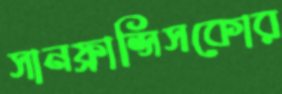
সানফ্রান্সিসকোর